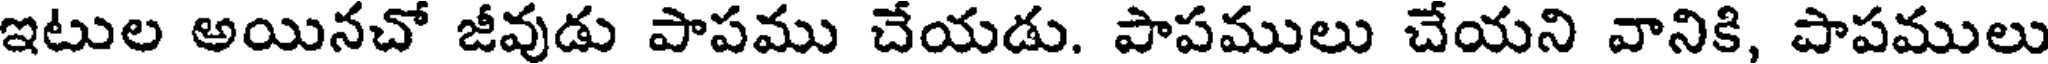
ఇటుల అయినచో జీవుడు పాపము చేయడు. పాపములు చేయని వానికి, పాపములు